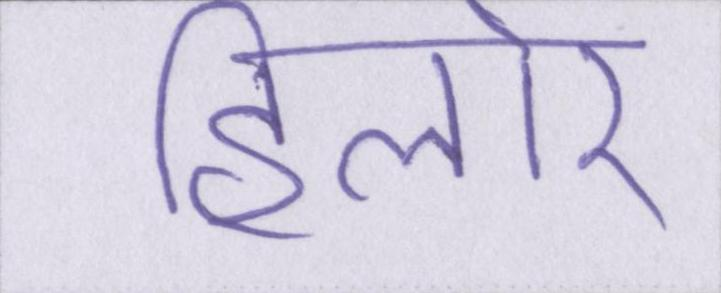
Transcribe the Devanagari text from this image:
हिलोर